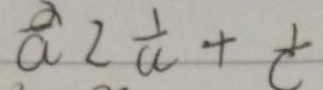
\frac { \alpha } { a } = \frac { 1 } { a } + \frac { 1 } { c }